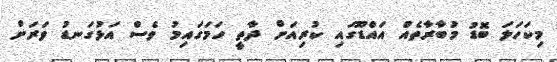
މިކަހަލަ ބޮޑު މުބާރާތެއް އައްޑޫގައި ކުރިއަށް ދާތީ ހަމަގައިމު ވެސް އަޅުގަނޑު ވަރަށް